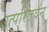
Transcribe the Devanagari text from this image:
उत्परितर्वन